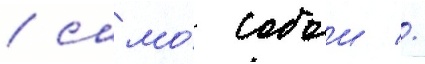
/ само́ собои //